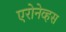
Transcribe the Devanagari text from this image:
एरोनेव्हस